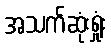
အသက်ဆုံးရှုံး